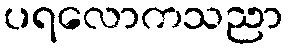
ပရလောကသညာ